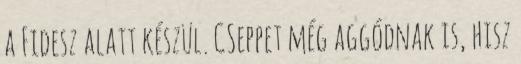
a Fidesz alatt készül. CSeppet még aggódnak is, hisz